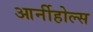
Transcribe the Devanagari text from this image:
आर्नीहोल्स